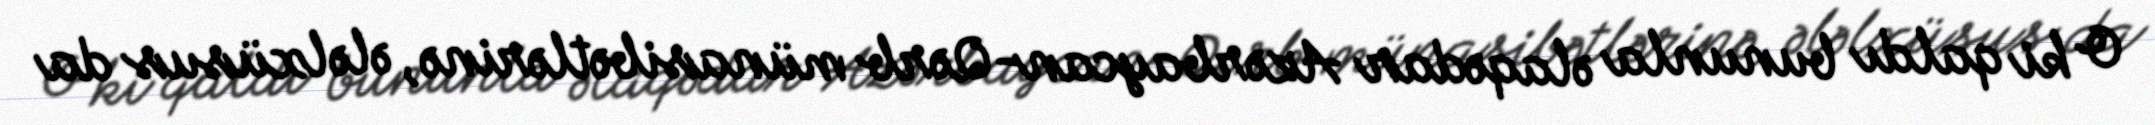
O ki qaldı bununla əlaqədar Azərbaycan-Qərb münasibətlərinə, ələlxüsus da